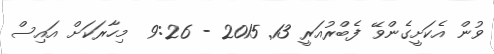
ވުން އެކަށީގެންވޭ ފެބްރުއަރީ 13